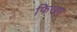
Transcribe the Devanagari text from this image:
फिखए